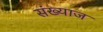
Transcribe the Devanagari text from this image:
संख्याज